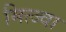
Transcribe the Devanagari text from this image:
मित्ज्वा